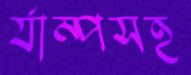
র‍্যাম্পসহ